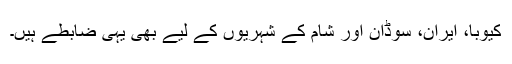
کیوبا، ایران، سوڈان اور شام کے شہریوں کے لیے بھی یہی ضابطے ہیں۔